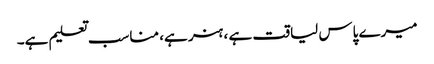
میرے پاس لیاقت ہے ، ہنر ہے، مناسب تعلیم ہے۔